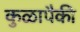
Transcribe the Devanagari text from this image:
कुळापैकी